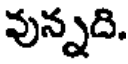
వున్నది.